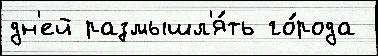
дн'ей размышл'я́ть го́рода